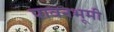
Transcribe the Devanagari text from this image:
पावनभूमी